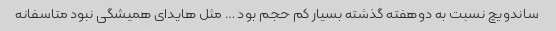
ساندویچ نسبت به دوهفته گذشته بسیار کم حجم بود … مثل هایدای همیشگی نبود متاسفانه